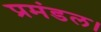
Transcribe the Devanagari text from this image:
प्रमंडल।